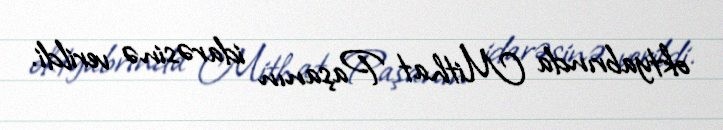
oktyabrında Mithat Paşanın idarəsinə verildi.